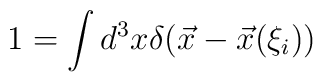
1=\int d^3 x\delta(\vec x-\vec x(\xi_i))